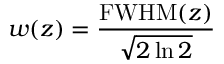
w ( z ) = { \frac { { \mathrm { F W H M } } ( z ) } { \sqrt { 2 \ln 2 } } }